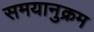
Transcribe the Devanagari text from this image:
समयानुक्रम